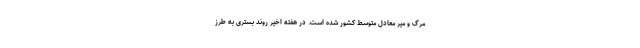
مرگ و میر معادل متوسط کشور شده است. در هفته اخیر روند بستری به طرز